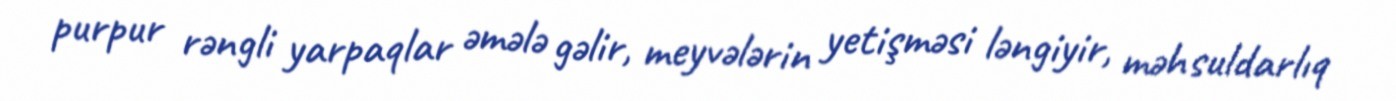
purpur rəngli yarpaqlar əmələ gəlir, meyvələrin yetişməsi ləngiyir, məhsuldarlıq